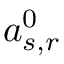
a _ { s , r } ^ { 0 }